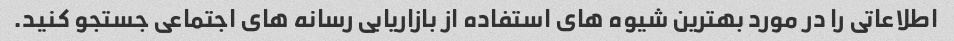
اطلاعاتی را در مورد بهترین شیوه های استفاده از بازاریابی رسانه های اجتماعی جستجو کنید.